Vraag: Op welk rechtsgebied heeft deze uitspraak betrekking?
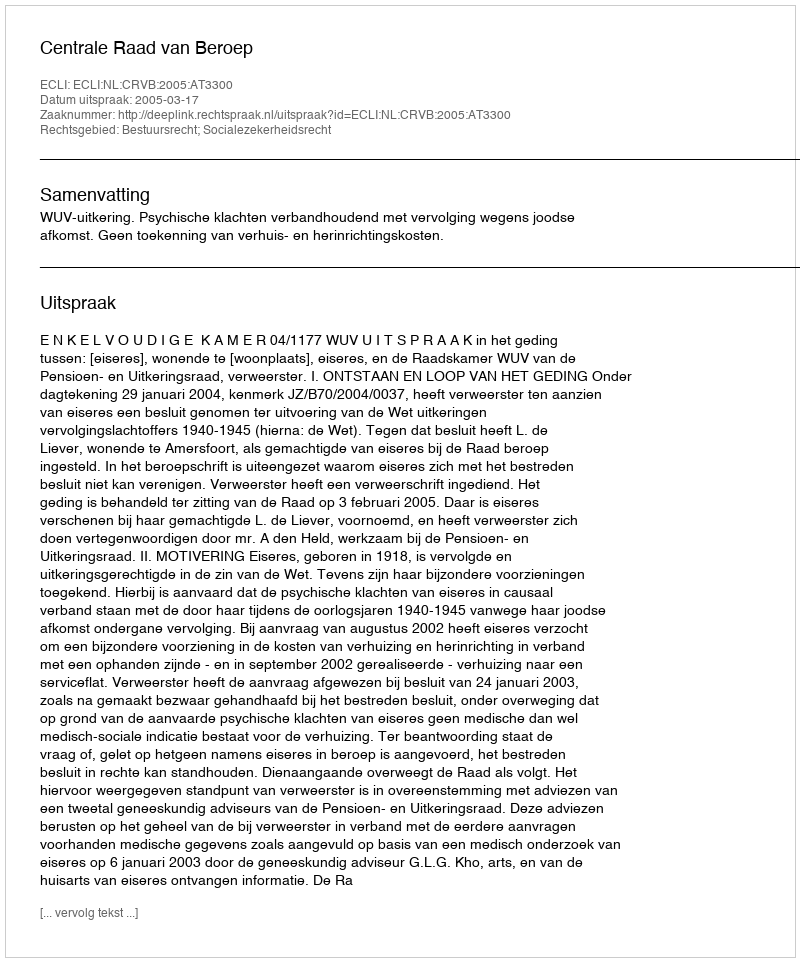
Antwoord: Bestuursrecht; Socialezekerheidsrecht